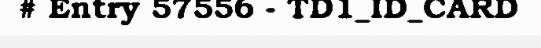
# Entry 57556 - TD1_ID_CARD